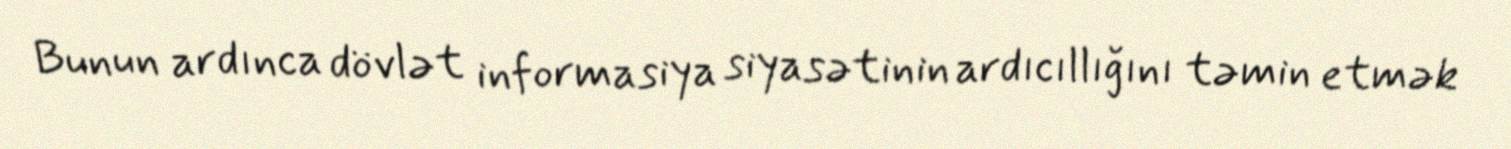
Bunun ardınca dövlət informasiya siyasətinin ardıcıllığını təmin etmək